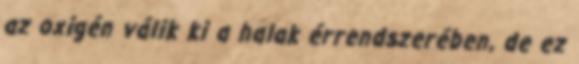
az oxigén válik ki a halak érrendszerében, de ez